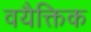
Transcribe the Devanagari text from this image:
वयैक्तिक